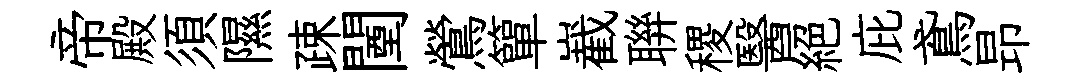
帝殿須隰疎闉鶯簞嶻聨稷醫絶庇鳶昻